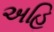
અહિ